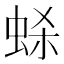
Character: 𫊷